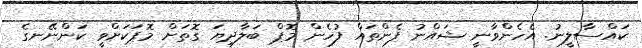
ކައްސާލީނު. އެހެންވާނީ ޝައްނު ފެންތައް ފުހެން މޮޕް ބަލާދިޔަ ގޮތަށް މޮޕަކަށްވީ ކަންނޭނގެ